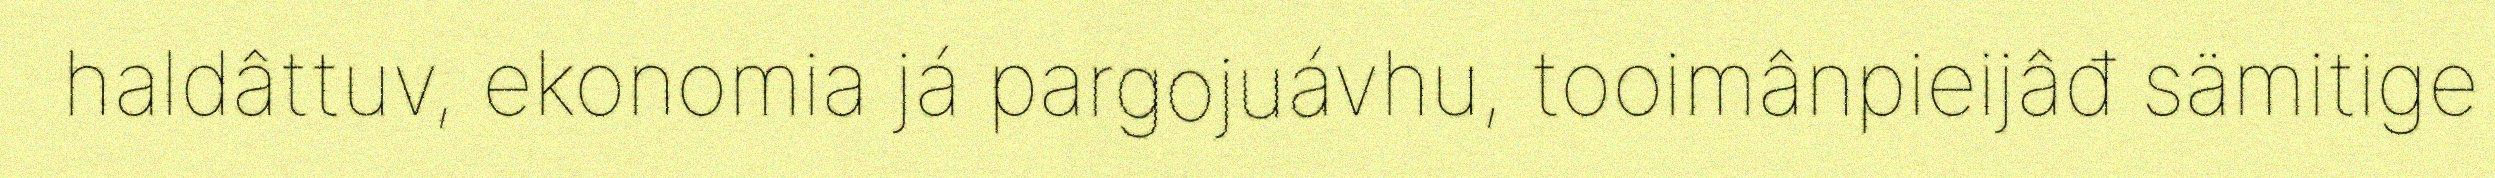
haldâttuv, ekonomia já pargojuávhu, tooimânpieijâđ sämitige